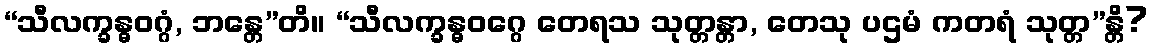
“သီလက္ခန္ဓဝဂ္ဂံ, ဘန္တေ”တိ။ “သီလက္ခန္ဓဝဂ္ဂေ တေရသ သုတ္တန္တာ, တေသု ပဌမံ ကတရံ သုတ္တ”န္တိ?